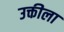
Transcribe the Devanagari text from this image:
उक्तीला